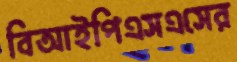
বিআইপিএসএসের